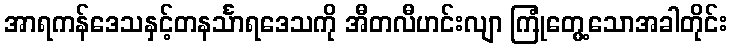
အာရကန်ဒေသနှင့်တနင်္သာရဒေသကို အီတလီဟင်းလျာ ကြုံတွေ့သောအခါတိုင်း